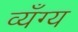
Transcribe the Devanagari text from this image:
व्यँग्य